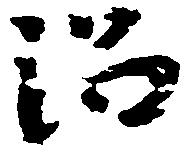
沼